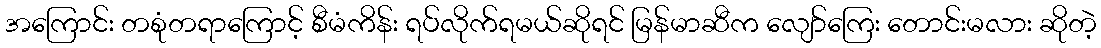
အကြောင်း တစုံတရာကြောင့် စီမံကိန်း ရပ်လိုက်ရမယ်ဆိုရင် မြန်မာဆီက လျော်ကြေး တောင်းမလား ဆိုတဲ့